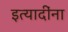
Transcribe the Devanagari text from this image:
इत्‍यादींना